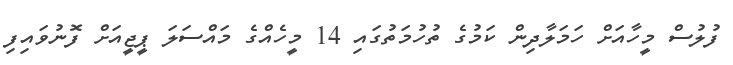
ފުލުސް މީހާއަށް ހަމަލާދިން ކަމުގެ ތުހުމަތުގައި 14 މީހެއްގެ މައްސަލަ ޕީޖީއަށް ފޮނުވައިފި